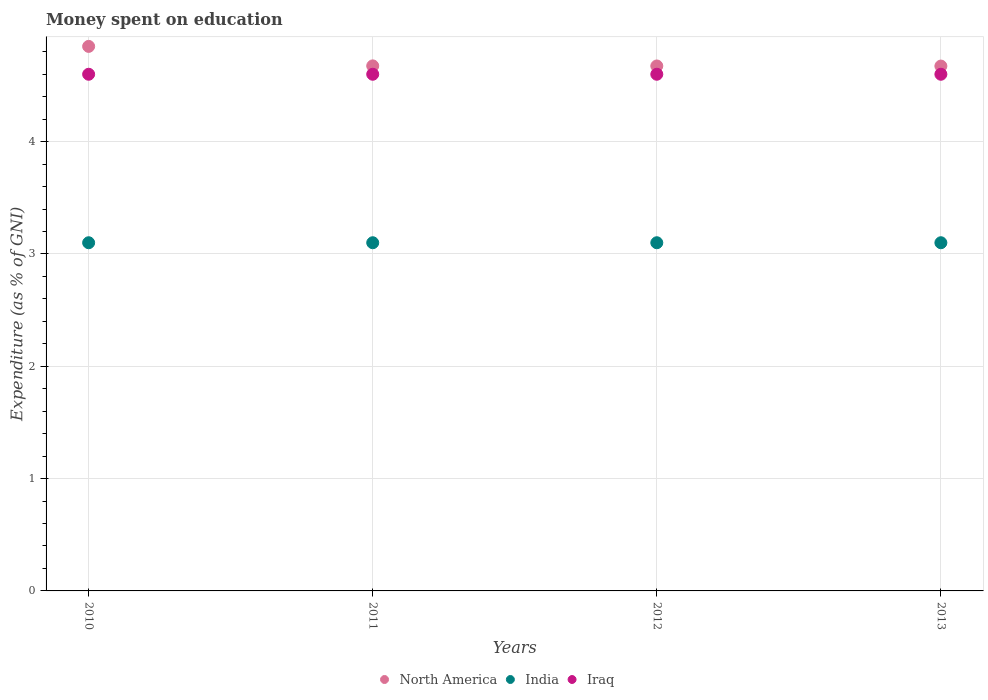
| Years | North America | India | Iraq |
 | --- | --- | --- | --- |
 | 2010 | 4.85 | 3.1 | 4.6 |
 | 2011 | 4.67 | 3.1 | 4.6 |
 | 2012 | 4.67 | 3.1 | 4.6 |
 | 2013 | 4.67 | 3.1 | 4.6 |